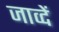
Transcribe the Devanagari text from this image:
जाव्दें